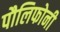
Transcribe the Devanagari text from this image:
पौलिफोनी